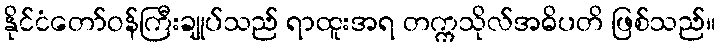
နိုင်ငံတော်ဝန်ကြီးချုပ်သည် ရာထူးအရ တက္ကသိုလ်အဓိပတိ ဖြစ်သည်။